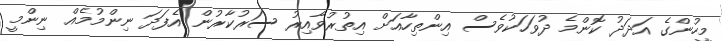
މީހުންގެ އަދަދު ކޮންމެ ދުވަހަކުވެސް އިންތިހާއަށް އިތުރުވާއިރު ސަރުކާރުން އެފަދަ ނިންމުމެއް ނިންމީ